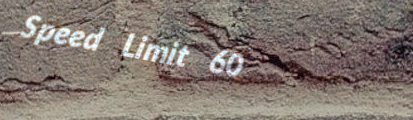
Speed Limit 60